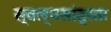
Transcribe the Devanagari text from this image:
स्वल्पसांद्रता